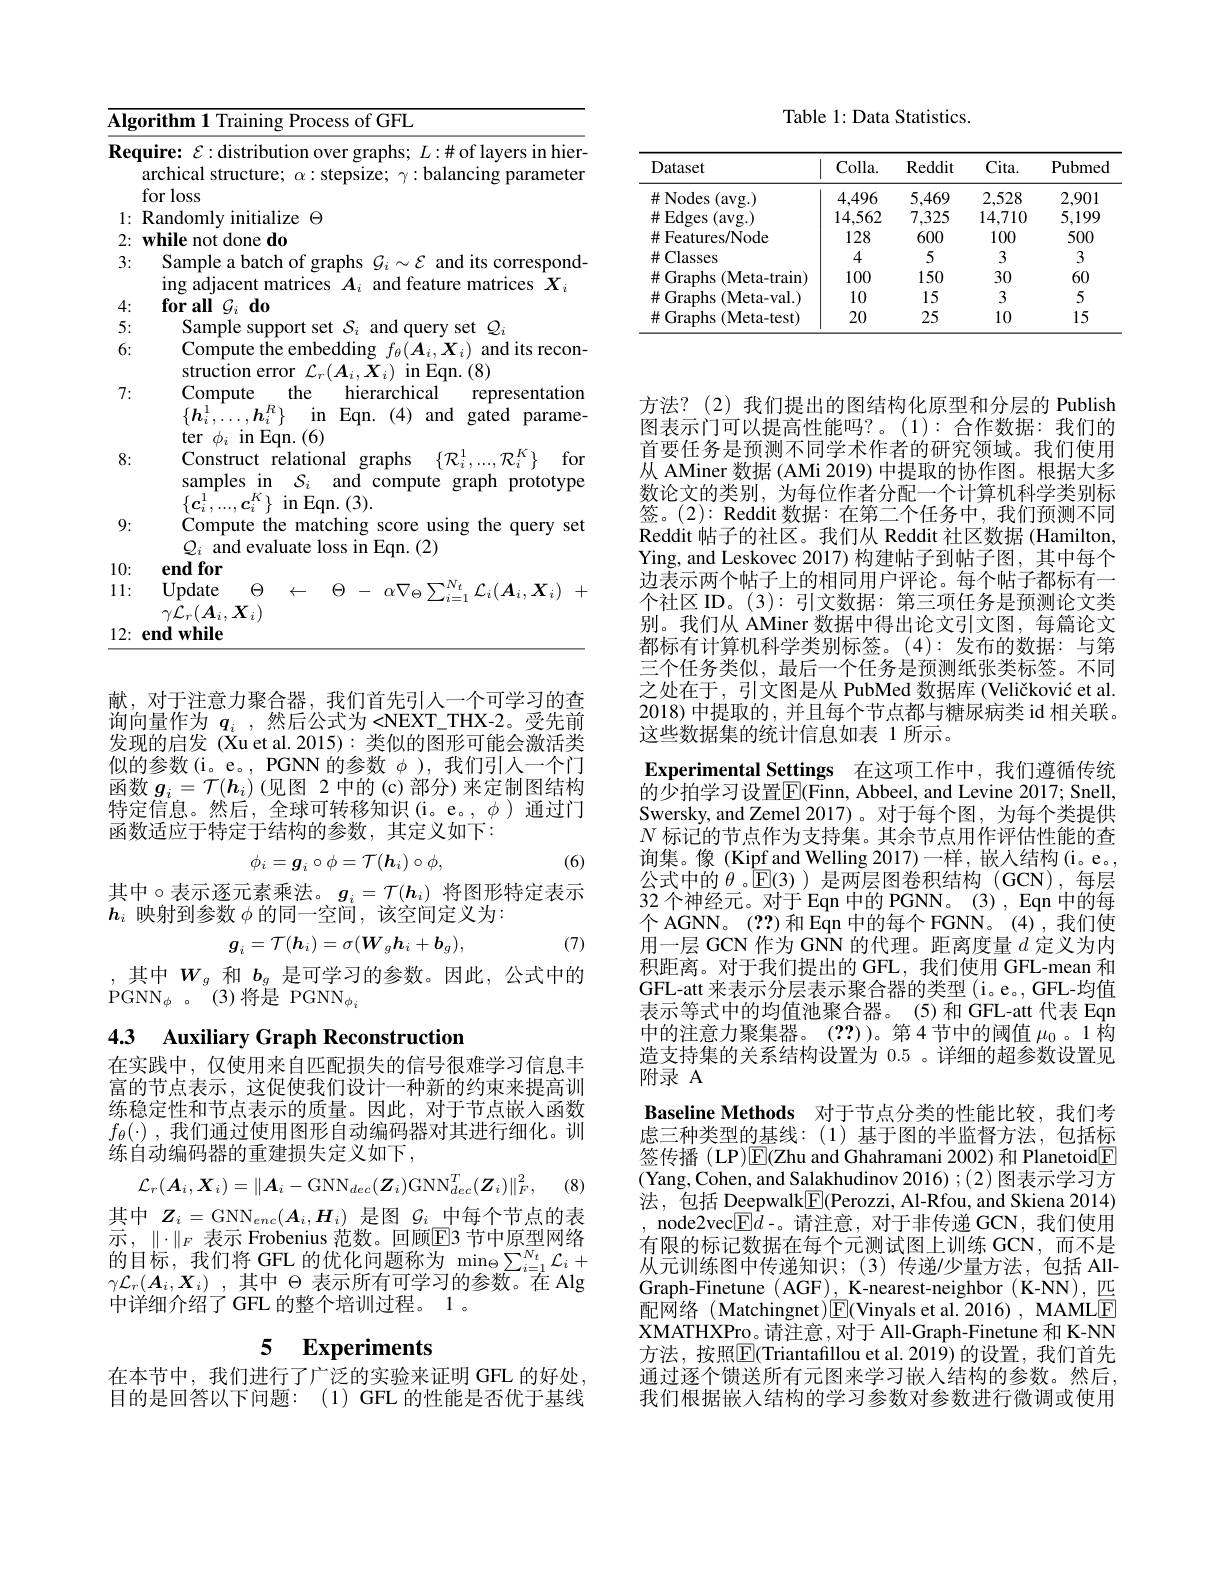
<table>
	<tbody>
		<tr>
			<td>$\overline{\mathbf{Alg}}$</td>
			<td>orithm 1 Training Process of GFL</td>
		</tr>
		<tr>
			<td>Req</td>
			<td>uire: $\varepsilon:$distribution over graphs; $L:\#$ of layers in hier archical structure; $\alpha:$ stepsize; $\gamma:$balancing parameter for loss</td>
		</tr>
		<tr>
			<td>1: T 1 1 </td>
			<td>Randomly initialize $\Theta$</td>
		</tr>
		<tr>
			<td>2:</td>
			<td>while not done do</td>
		</tr>
		<tr>
			<td>3:</td>
			<td>Sample a batch of graphs $\mathcal{G}_i\sim\mathcal{E}$ and its correspond ing adjacent matrices $A_i$ and feature matrices $X_i$</td>
		</tr>
		<tr>
			<td>4:</td>
			<td>for all $\mathcal{G}_i$ do</td>
		</tr>
		<tr>
			<td>5:</td>
			<td>Sample sup and ISet $Q_{i}$ 11 $(111)erw$</td>
		</tr>
		<tr>
			<td>6:</td>
			<td>Compute the embedding $f_{\theta}(\boldsymbol{A}_{i},\boldsymbol{X}_{i})$ and its recon- struction error $\mathcal{L}_r(\boldsymbol{A}_i,\boldsymbol{X}_i)$ in Eqn.(8)</td>
		</tr>
		<tr>
			<td>7:</td>
			<td>Compute the hierarchical representation $\{h_{i}^{1}.$ in Eqn. ( 4) and gated parame (6)</td>
		</tr>
		<tr>
			<td>8:</td>
			<td>Construct relational graphs $\{{\mathcal{R}}_{i}^{1},...,{\mathcal{R}}_{i}^{K}\}$ for samples in $\mathcal{S}_i$ $i$ and compute graph prototype $\sin$Eqn.(3)</td>
		</tr>
		<tr>
			<td>9:</td>
			<td>Compute the matching score using the query set and evaluate loss</td>
		</tr>
		<tr>
			<td>10:</td>
			<td>end for</td>
		</tr>
		<tr>
			<td>1: 1 T 1 </td>
			<td>Update $\Theta$ - $\alpha \nabla _{\Theta }\sum _{i- 1}^{N_{t}}\mathcal{L} _{i}( \boldsymbol{A}_{i}, \boldsymbol{X}_{i})$ $\Theta$ .</td>
		</tr>
		<tr>
			<td>12:</td>
			<td>$\gamma{\mathcal L}_{r}(\boldsymbol{A}_{i},\boldsymbol{X}_{i})$ $\mathbf{endwhile}$</td>
		</tr>
	</tbody>
</table>

献，对于注意力聚合器，我们首先引人一个可学习的查询向量作为$q_i$ ,然后公式为<NEXT\_THX-2。受先前发现的启发 (Xu et al. 2015):类似的图形可能会激活类似的参数(i。e。,PGNN 的参数$\phi$ ),我们引人一个门函数$g_i=\mathcal{T}(\boldsymbol{h}_i)$ (见图 2 中的 (c)部分)来定制图结构特定信息。然后，全球可转移知识(i。e。,$\phi$)通过门函数适应于特定于结构的参数，其定义如下：
$$\phi_i=\boldsymbol{g}_i\circ\phi=\mathcal{T}(\boldsymbol{h}_i)\circ\phi,$$
(6)

其中$\circ$表示逐元素乘法。$g_i=\mathcal{T}(\boldsymbol{h}_i)$ 将图形特定表示
$h_i$映射到参数$\phi$的同一空间，该空间定义为：
$$\boldsymbol{g}_i=\mathcal{T}(\boldsymbol{h}_i)=\sigma(\boldsymbol{W}_g\boldsymbol{h}_i+\boldsymbol{b}_g),$$
(7)

$\begin{array}{c},\text{其中}W_{g}\text{ 和 }b_{g}\text{ 是可学习的参数。因此，公式中的}\\\mathrm{PGNN}_{\phi}&。(3)\text{ 将是 PGNN}_{\phi_{i}}\end{array}$

4.3 Auxiliary Graph Reconstruction

在实践中，仅使用来自匹配损失的信号很难学习信息丰富的节点表示，这促使我们设计一种新的约束来提高训练稳定性和节点表示的质量。因此，对于节点嵌入函数$f_\theta(\cdot)$ ,我们通过使用图形自动编码器对其进行细化。训练自动编码器的重建损失定义如下，
$$\mathcal{L}_{r}(\boldsymbol{A}_{i},\boldsymbol{X}_{i})=\left\|\boldsymbol{A}_{i}-\mathrm{GNN}_{dec}(\boldsymbol{Z}_{i})\mathrm{GNN}_{dec}^{T}(\boldsymbol{Z}_{i})\right\|_{F}^{2},$$
(8)

其中$Z_i=\mathrm{GNN}_{enc}(\boldsymbol{A}_i,\boldsymbol{H}_i)$是图$\mathcal{G}_i$中每个节点的表示，$\|\cdot\|_F$ 表示 Frobenius 范数。回顾$\overline{\mathrm{E}}$3 节中原型网络的目标，我们将GFL的优化问题称为 min$_\Theta\sum_{i=1}^{N_t}\mathcal{L}_i+$ $\gamma \mathcal{L} _r( \boldsymbol{A}_i, \boldsymbol{X}_i)$ ,其中$\Theta$表示所有可学习的参数。在 Alg 中详细介绍了 GFL 的整个培训过程。1 。

# 5 Experiments

在本节中，我们进行了广泛的实验来证明GFL 的好处， 目的是回答以下问题：(1) GFL 的性能是否优于基线

Table 1: Data Statistics.

<table>
	<tbody>
		<tr>
			<th>Dataset</th>
			<th>$Colla.$</th>
			<th>Reddit</th>
			<th>Cita. </th>
			<th>Pubmed</th>
		</tr>
		<tr>
			<td>$\#$Nodes (avg.)</td>
			<td>4,496</td>
			<td>5,469</td>
			<td>2,528</td>
			<td>2,901</td>
		</tr>
		<tr>
			<td>$\#Edges$ (avg.)</td>
			<td>14,562</td>
			<td>7,325</td>
			<td>14,710</td>
			<td>5,199</td>
		</tr>
		<tr>
			<td>$\#$ Features/Node</td>
			<td>128</td>
			<td>600</td>
			<td>100</td>
			<td>500</td>
		</tr>
		<tr>
			<td>$\#$Classes</td>
			<td>4</td>
			<td>5</td>
			<td>3</td>
			<td>3</td>
		</tr>
		<tr>
			<td>井 Graphs ( Meta- train) 1</td>
			<td>100</td>
			<td>150</td>
			<td>30</td>
			<td>60</td>
		</tr>
		<tr>
			<td>井 Graphs (Meta-val.)</td>
			<td>10</td>
			<td>15</td>
			<td>3</td>
			<td>5</td>
		</tr>
		<tr>
			<td>$\#$ Graphs (Meta-test)</td>
			<td>20</td>
			<td>25</td>
			<td>10</td>
			<td>15</td>
		</tr>
	</tbody>
</table>

方法？(2)我们提出的图结构化原型和分层的 Publish 图表示门可以提高性能吗？。(1):合作数据：我们的首要任务是预测不同学术作者的研究领域。我们使用从 AMiner 数据 (AMi 2019) 中提取的协作图。根据大多数论文的类别，为每位作者分配一个计算机科学类别标签。(2): Reddit 数据：在第二个任务中，我们预测不同Reddit 帖子的社区。我们从 Reddit 社区数据 (Hamilton, Ying, and Leskovec 2017) 构建帖子到帖子图，其中每个边表示两个帖子上的相同用户评论。每个帖子都标有一个社区 ID。(3): 引文数据：第三项任务是预测论文类别。我们从 AMiner 数据中得出论文引文图，每篇论文都标有计算机科学类别标签。(4):发布的数据：与第三个任务类似，最后一个任务是预测纸张类标签。不同之处在于，引文图是从 PubMed 数据库 (Veličković et al. 2018)中提取的 , 并且每个节点都与糖尿病类 id 相关联。这些数据集的统计信息如表 1 所示。

Experimental Settings 在这项工作中，我们遵循传统的少拍学习设置$\boxed{\mathrm{E}}($Finn, Abbeel, and Levine 2017; Snell,

Swersky, and Zemel 2017)。对于每个图，为每个类提供$N$标记的节点作为支持集。其余节点用作评估性能的查询集。像(Kipf and Welling 2017)一样，嵌入结构(i。e。, 公式中的$\theta$ 。$\mathbb{E}(3)$是两层图卷积结构 (GCN),每层32 个神经元。对于 Eqn 中的 PGNN。(3) , Eqn 中的每个 AGNN。(??)和 Eqn 中的每个 FGNN。(4),我们使用一层 GCN 作为 GNN 的代理。距离度量$d$定义为内积距离。对于我们提出的 GFL,我们使用 GFL-mean 和GFL-att 来表示分层表示聚合器的类型 (i。e。, GFL-均值表示等式中的均值池聚合器。(5)和GFL-att 代表 Eqm 中的注意力聚集器。(??))。第4节中的阈值$\mu_0$。1构造支持集的关系结构设置为0.5 。详细的超参数设置见附录 A
Baseline Methods 对于节点分类的性能比较，我们考虑三种类型的基线：(1)基于图的半监督方法，包括标签传播 (LP)$\overline{\mathrm{E}}($Zhu and Ghahramani 2002) 和 Planetoid$\overline{\mathrm{F}}$ (Yang, Cohen, and Salakhudinov 2016) ;(2) 图表示学习方法 , 包 括 Deepwalk$\underline {\mathrm{F} }($Perozzi, Al-Rfou, and Skiena 2014) , node2vec$\boxed{\mathrm{F}}d$-。请注意，对于非传递 GCN,我们使用有限的标记数据在每个元测试图上训练 GCN,而不是从元训练图中传递知识；(3)传递/少量方法，包括 AllGraph-Finetune ( AGF), K-nearest-neighbor ( K-NN), 匹配网络(Matchingnet)$\boxed{\mathrm{E}}($Vinyals et al.2016),MAMLE XMATHXPro。请注意，对于 Äll-Graph-Finetune 和 K-NN 方法，按照$\boxed{\mathrm{E}}($Triantafillou et al.2019)的设置，我们首先通过逐个馈送所有元图来学习嵌人结构的参数。然后， 我们根据嵌人结构的学习参数对参数进行微调或使用